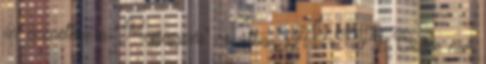
az üzenethez a "Megjegyzés" rovatban. A NAPI Online nem